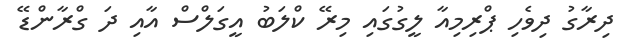
ދިރާގު ދިވެހި ޕްރިމިއާ ލީގުގައި މިރޭ ކްލަބު އީގަލްސް އާއި ދަ ގްރާންޑޭ